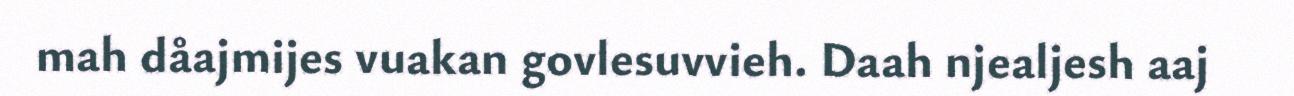
mah dåajmijes vuakan govlesuvvieh. Daah njealjesh aaj